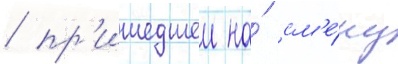
/ пр'ишедшеи на́ см'е́ну